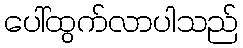
ပေါ်ထွက်လာပါသည်